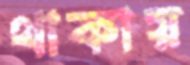
থাকায়